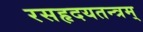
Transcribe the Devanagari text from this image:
रसहृदयतन्त्रम्